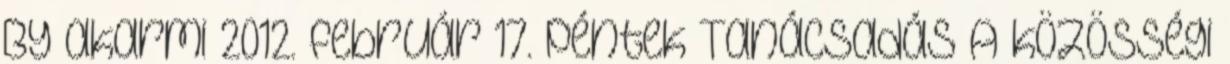
By akarmi 2012. február 17. péntek Tanácsadás A közösségi